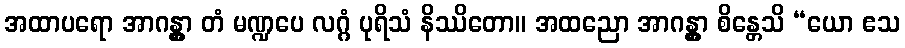
အထာပရော အာဂန္တွာ တံ မဏ္ဍပေ လဂ္ဂံ ပုရိသံ နိဿိတော။ အထညော အာဂန္တွာ စိန္တေသိ “ယော ဧသ